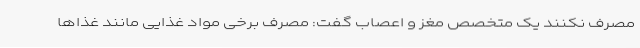
مصرف نکنند یک متخصص مغز و اعصاب گفت: مصرف برخی مواد غذایی مانند غذاها